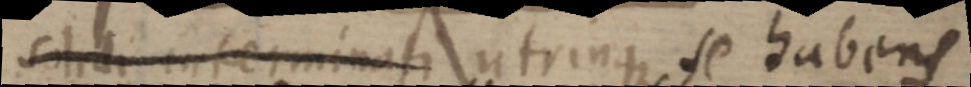
solidi interminati utrinque se habens